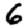
Digit: 6